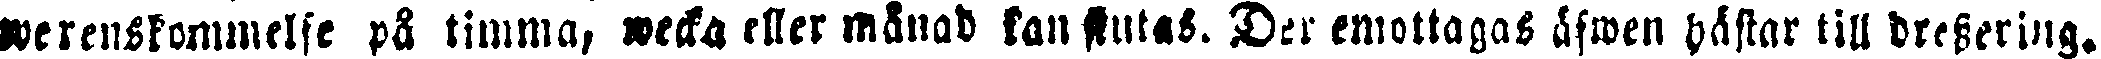
werenskommelse på timma, wecka eller månad kan slutas. Der emottagas äfwen hästar till dressering.